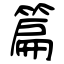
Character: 篇